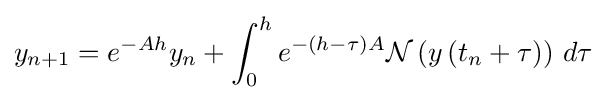
y_{n+1}=e^{-Ah}y_{n}+\int _{0}^{h}e^{-(h-\tau )A}{\mathcal {N}}\left(y\left(t_{n}+\tau \right)\right)\,d\tau